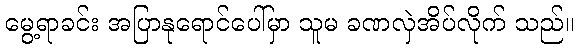
မွေ့ရာခင်း အပြာနုရောင်ပေါ်မှာ သူမ ခဏလှဲအိပ်လိုက် သည်။